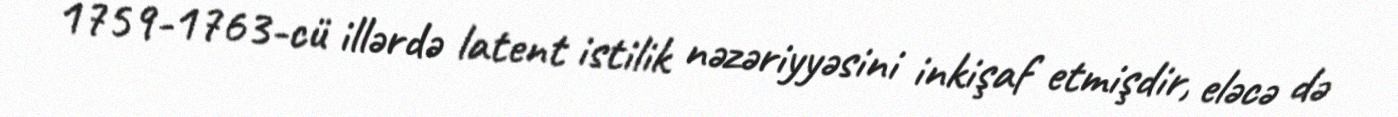
1759-1763-cü illərdə latent istilik nəzəriyyəsini inkişaf etmişdir, eləcə də